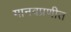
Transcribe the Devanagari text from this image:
मानवप्रणीत